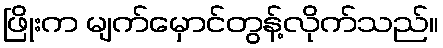
ဖြိုးက မျက်မှောင်တွန့်လိုက်သည်။